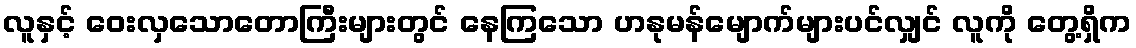
လူနှင့် ဝေးလှသောတောကြီးများတွင် နေကြသော ဟနုမန်မျောက်များပင်လျှင် လူကို တွေ့ရှိက